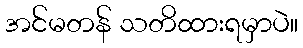
အင်မတန် သတိထားရမှာပဲ။